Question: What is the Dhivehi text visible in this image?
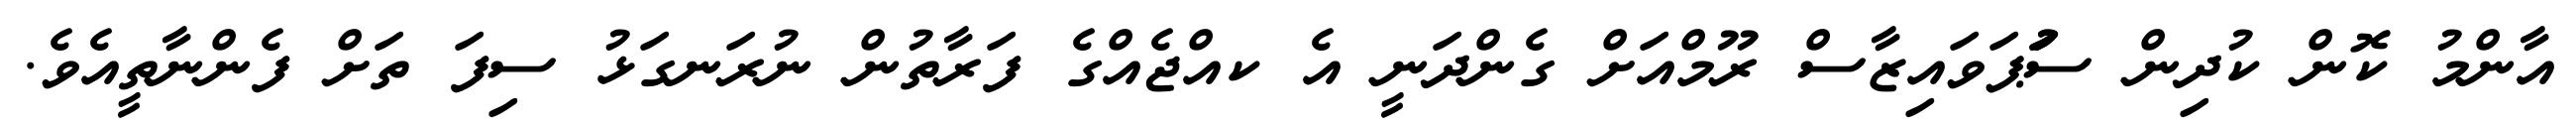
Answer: އާންމު ކޮން ކުދިން ސުުަަޕަވައިޒާސް ރޫމްއަށް ގެންދަނީ އެ ކއްޖެއްގެ ފަރާތުން ނުރަނގަޅު ސިފަ ތަށް ފެންނާތީއެވެ.